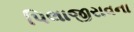
પિલાજીરાવના